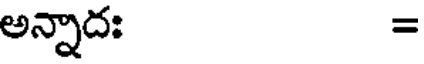
అన్నాదః =